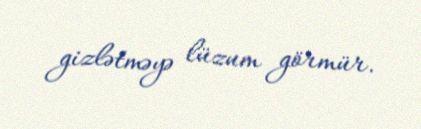
gizlətməyə lüzum görmür.